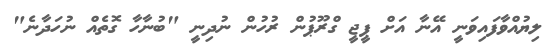
ލިޔުއްވާފައިވަނީ އޭނާ އަށް ޕީޖީ ގްރޫޕުން ރުހުން ނުދިނީ "ބުނާހާ ގޮތެއް ނުހަދާނެ"